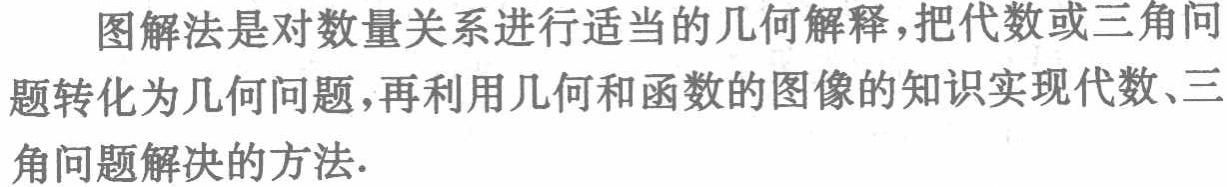
图解法是对数量关系进行适当的几何解释，把代数或三角问题转化为几何问题，再利用几何和函数的图像的知识实现代数、三角问题解决的方法.